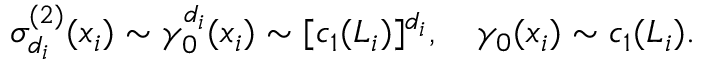
\sigma _ { d _ { i } } ^ { ( 2 ) } ( x _ { i } ) \sim \gamma _ { 0 } ^ { d _ { i } } ( x _ { i } ) \sim [ c _ { 1 } ( { \cal L } _ { i } ) ] ^ { d _ { i } } , \quad \gamma _ { 0 } ( x _ { i } ) \sim c _ { 1 } ( { \cal L } _ { i } ) .